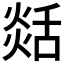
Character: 𦧡